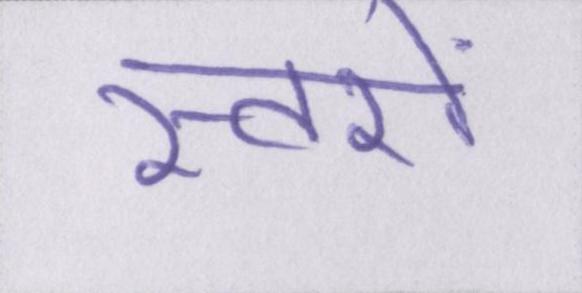
स्तरों